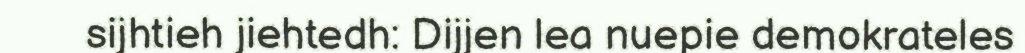
sijhtieh jiehtedh: Dijjen lea nuepie demokrateles